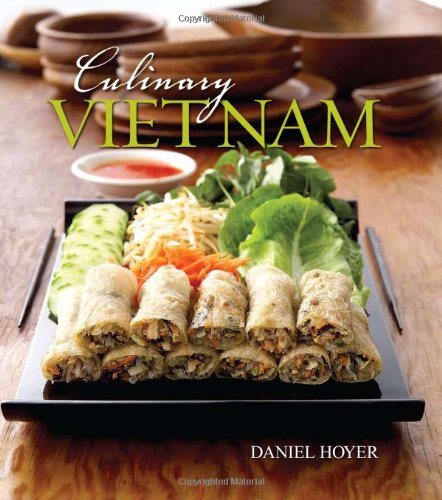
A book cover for Culinary Vietnam; Daniel Hoyer; Cookbooks, Food & Wine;